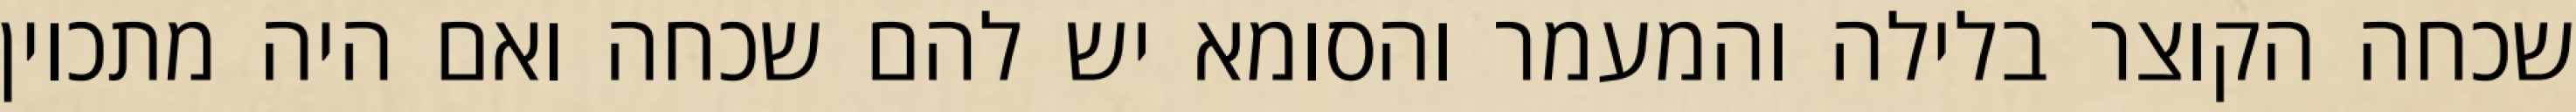
שכחה הקוצר בלילה והמעמר והסומא יש להם שכחה ואם היה מתכוין